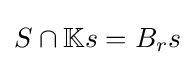
S\cap \mathbb {K} s=B_{r}s